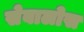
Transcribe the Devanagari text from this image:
सेबालोस